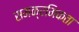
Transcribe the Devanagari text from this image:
समक्रमिकता